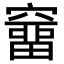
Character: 𥨌